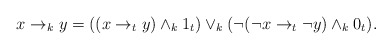
\begin{align*}x\to_k y=((x\to_t y)\wedge_k 1_t)\vee_k (\neg( \neg x\to_t\neg y)\wedge_k 0_t).\end{align*}